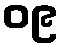
၀၉